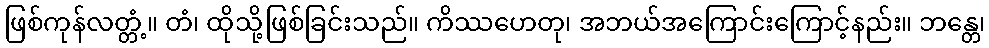
ဖြစ်ကုန်လတ္တံ့။ တံ၊ ထိုသို့ဖြစ်ခြင်းသည်။ ကိဿဟေတု၊ အဘယ်အကြောင်းကြောင့်နည်း။ ဘန္တေ၊